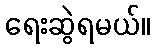
ရေးဆွဲရမယ်။